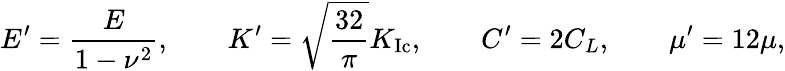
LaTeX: E^{\prime}=\frac{E}{1-\nu^{2}},\qquad K^{\prime}=\sqrt{\frac{32}{\pi}}K_{\mathrm{Ic}},\qquad C^{\prime}=2C_{L},\qquad\mu^{\prime}=12\mu,